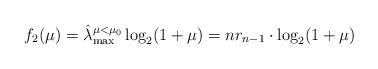
LaTeX: \begin{align*}f_2(\mu)=\hat{\lambda}_{\max}^{\mu<\mu_0}\log_2(1+\mu)=n r_{n-1}\cdot \log_2(1+\mu)\end{align*}